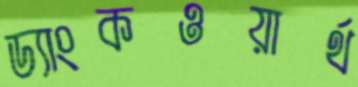
ড্যাংকওয়ার্থ